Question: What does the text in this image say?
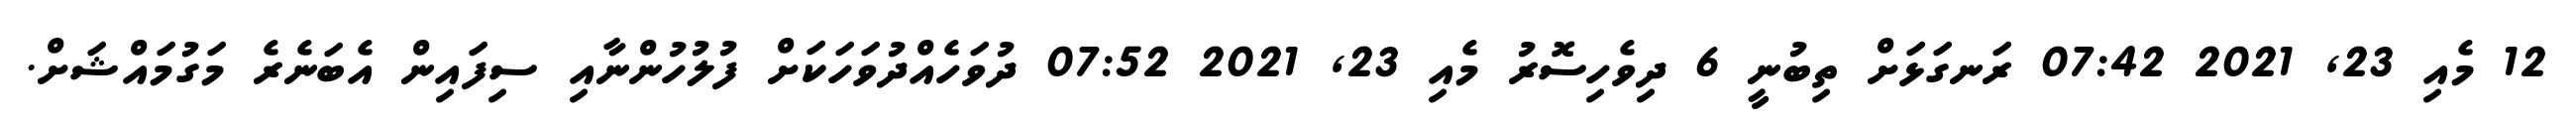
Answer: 12 މެއި 23, 2021 07:42 ރަނގަޅަށް ތިބުނީ 6 ދިވެހިސޮރު މެއި 23, 2021 07:52 ދުވަހެއްދުވަހަކަށް ފުލުހުންނާއި ސިފައިން އެބަނެރެ މަގުމައްޝަށް.